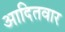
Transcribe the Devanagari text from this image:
आदितवार